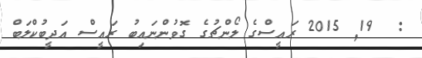
:  19